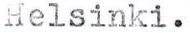
Helsinki.